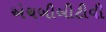
એચબીબીટીવી